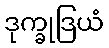
ဒုက္ခုဒြယံ